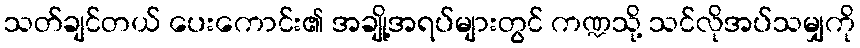
သတ်ချင်တယ် ပေးကောင်း၏ အချို့အရပ်များတွင် ကဏ္ဍသို့ သင်လိုအပ်သမျှကို